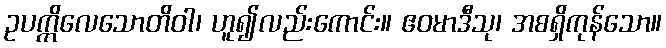
ဥပက္ကိလေသောတိဝါ၊ ဟူ၍လည်းကောင်း။ ဧဝမာဒီသု၊ အစရှိကုန်သော။